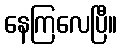
နေကြလေပြီ။